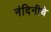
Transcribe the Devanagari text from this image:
नंदिनीचे